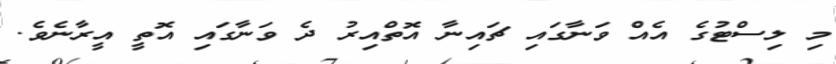
މި ލިސްޓުގެ އެއް ވަނާގައި ޗައިނާ އޮތްއިރު ދެ ވަނާގައި އޮތީ އީރާނެވެ.